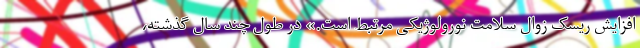
افزایش ریسک زوال سلامت نورولوژیکی مرتبط است.» در طول چند سال گذشته،